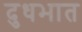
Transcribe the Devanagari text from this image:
दुधभात